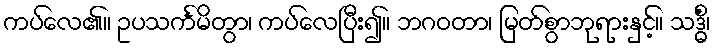
ကပ်လေ၏။ ဥပသင်္ကမိတွာ၊ ကပ်လေပြီး၍။ ဘဂဝတာ၊ မြတ်စွာဘုရားနှင့်။ သဒ္ဓိံ၊